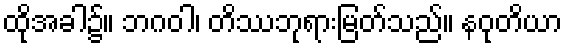
ထိုအခါ၌။ ဘဂဝါ၊ တိဿဘုရားမြတ်သည်။ နဝုတိယာ